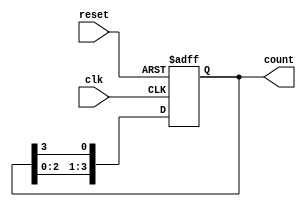
module async_ring_counter #(parameter N = 4) (
    input wire clk,
    input wire reset,
    output reg [N-1:0] count
);

// Initial state
initial begin
    count = 1'b1; // Start with the first flip-flop set to '1'
end

// Asynchronous reset and state transition
always @(posedge clk or posedge reset) begin
    if (reset) begin
        count <= 1'b1; // Reset the counter to the initial state
    end else begin
        count <= {count[N-2:0], count[N-1]}; // Shift the '1' to the next flip-flop
    end
end

endmodule